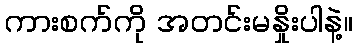
ကားစက်ကို အတင်းမနှိုးပါနဲ့။